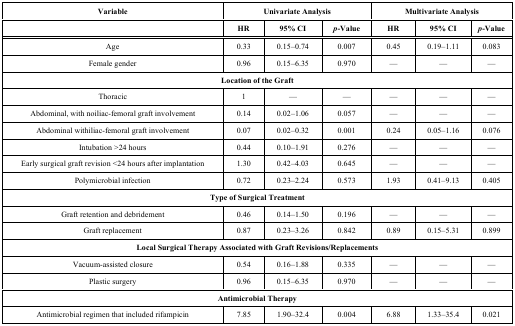
<table><thead><tr><td><b>Variable</b></td><td colspan="3"><b>Univariate Analysis</b></td><td colspan="3"><b>Multivariate Analysis</b></td></tr><tr><td><b> </b></td><td><b>HR</b></td><td><b>95% CI</b></td><td><b>p-Value</b></td><td><b>HR</b></td><td><b>95% CI</b></td><td><b>p-Value</b></td></tr></thead><tbody><tr><td>Age</td><td>0.33</td><td>0.15–0.74</td><td>0.007</td><td>0.45</td><td>0.19–1.11</td><td>0.083</td></tr><tr><td>Female gender</td><td>0.96</td><td>0.15–6.35</td><td>0.970</td><td>—</td><td>—</td><td>—</td></tr><tr><td colspan="7">Location of the Graft</td></tr><tr><td>Thoracic</td><td>1</td><td>—</td><td>—</td><td>—</td><td>—</td><td>—</td></tr><tr><td>Abdominal, with noiliac-femoral graft involvement</td><td>0.14</td><td>0.02–1.06</td><td>0.057</td><td>—</td><td>—</td><td>—</td></tr><tr><td>Abdominal withiliac-femoral graft involvement</td><td>0.07</td><td>0.02–0.32</td><td>0.001</td><td>0.24</td><td>0.05–1.16</td><td>0.076</td></tr><tr><td>Intubation &gt;24 hours</td><td>0.44</td><td>0.10–1.91</td><td>0.276</td><td>—</td><td>—</td><td>—</td></tr><tr><td>Early surgical graft revision &lt;24 hours after implantation</td><td>1.30</td><td>0.42–4.03</td><td>0.645</td><td>—</td><td>—</td><td>—</td></tr><tr><td>Polymicrobial infection</td><td>0.72</td><td>0.23–2.24</td><td>0.573</td><td>1.93</td><td>0.41–9.13</td><td>0.405</td></tr><tr><td colspan="7">Type of Surgical Treatment</td></tr><tr><td>Graft retention and debridement</td><td>0.46</td><td>0.14–1.50</td><td>0.196</td><td>—</td><td>—</td><td>—</td></tr><tr><td>Graft replacement</td><td>0.87</td><td>0.23–3.26</td><td>0.842</td><td>0.89</td><td>0.15–5.31</td><td>0.899</td></tr><tr><td colspan="7">Local Surgical Therapy Associated with Graft Revisions/Replacements</td></tr><tr><td>Vacuum-assisted closure</td><td>0.54</td><td>0.16–1.88</td><td>0.335</td><td>—</td><td>—</td><td>—</td></tr><tr><td>Plastic surgery</td><td>0.96</td><td>0.15–6.35</td><td>0.970</td><td>—</td><td>—</td><td>—</td></tr><tr><td colspan="7">Antimicrobial Therapy</td></tr><tr><td>Antimicrobial regimen that included rifampicin</td><td>7.85</td><td>1.90–32.4</td><td>0.004</td><td>6.88</td><td>1.33–35.4</td><td>0.021</td></tr></tbody></table>